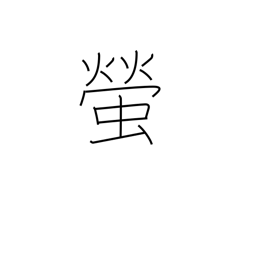
Meaning: firefly